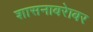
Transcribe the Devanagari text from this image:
शासनाबरेाबर